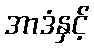
အာဒံနှင့်